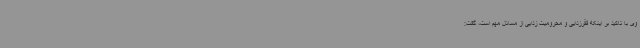
وی با تاکید بر اینکه فقرزدایی و محرومیت زدایی از مسائل مهم است، گفت: